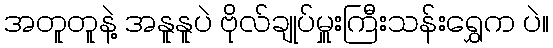
အတူတူနဲ့ အနူနူပဲ ဗိုလ်ချုပ်မှူးကြီးသန်းရွှေက ပဲ။